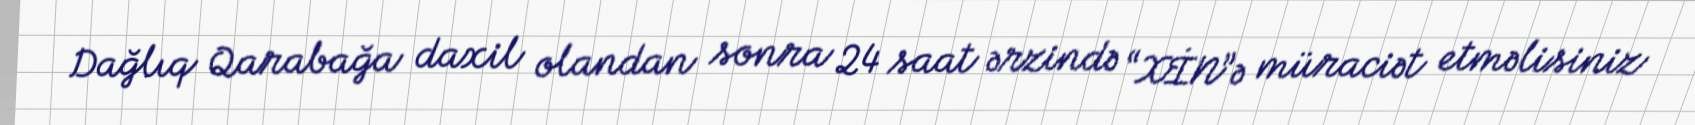
Dağlıq Qarabağa daxil olandan sonra 24 saat ərzində “XİN”ə müraciət etməlisiniz